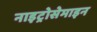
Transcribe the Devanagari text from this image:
नाइट्रोसेमाइन